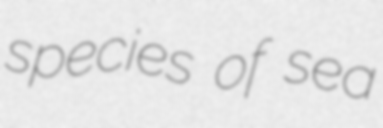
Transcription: species of sea